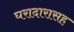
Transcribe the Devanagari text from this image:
घरादारासह